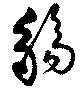
觴